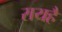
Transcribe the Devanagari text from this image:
रायहै